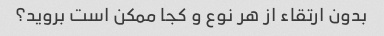
بدون ارتقاء از هر نوع و کجا ممکن است بروید؟